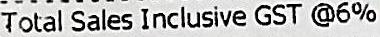
TOTAL SALES INCLUSIVE GST @6%